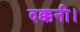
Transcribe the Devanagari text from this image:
दक्कनी।